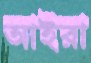
আইরা